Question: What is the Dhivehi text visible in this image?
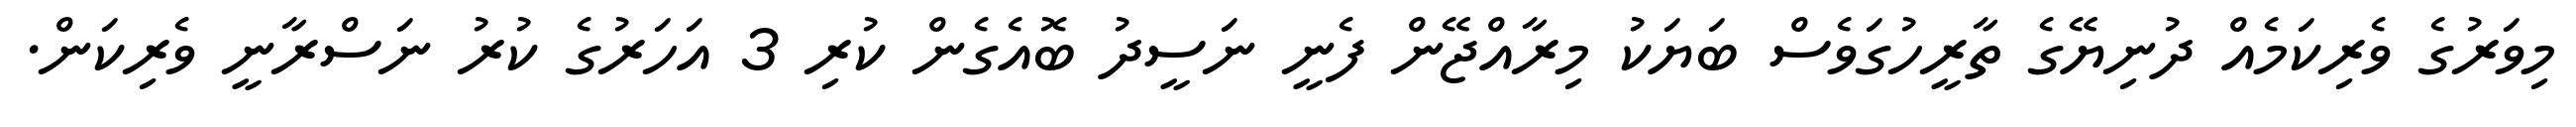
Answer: މިވަރުގެ ވެރިކަމެއް ދުނިޔޭގެ ތާރީހުގަވެސް ބަޔަކު މިރާއްޖޭން ފެނީ ނަސީދު ބޮއެގެން ކުރި 3 އަހަރުގެ ކުރު ނަސްރާނީ ވެރިކަން.